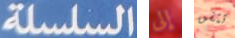
السلسلة إلى تتفق